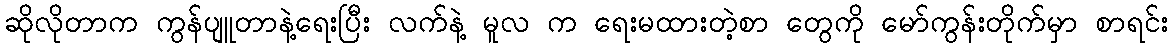
ဆိုလိုတာက ကွန်ပျူတာနဲ့ရေးပြီး လက်နဲ့ မူလ က ရေးမထားတဲ့စာ တွေကို မော်ကွန်းတိုက်မှာ စာရင်း